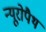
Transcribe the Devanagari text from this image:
न्यूरोपैथ